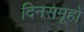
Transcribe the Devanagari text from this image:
दिनसमूहों